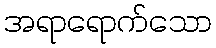
အရာရောက်သော